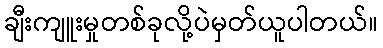
ချီးကျူးမှုတစ်ခုလို့ပဲမှတ်ယူပါတယ်။